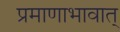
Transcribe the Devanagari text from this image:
प्रमाणाभावात्